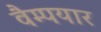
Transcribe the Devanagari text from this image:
वैम्पयार